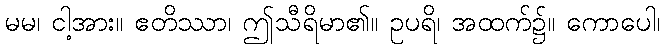
မမ၊ ငါ့အား။ ဧတိဿာ၊ ဤသီရိမာ၏။ ဥပရိ၊ အထက်၌။ ကောပေါ၊